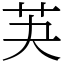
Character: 芵